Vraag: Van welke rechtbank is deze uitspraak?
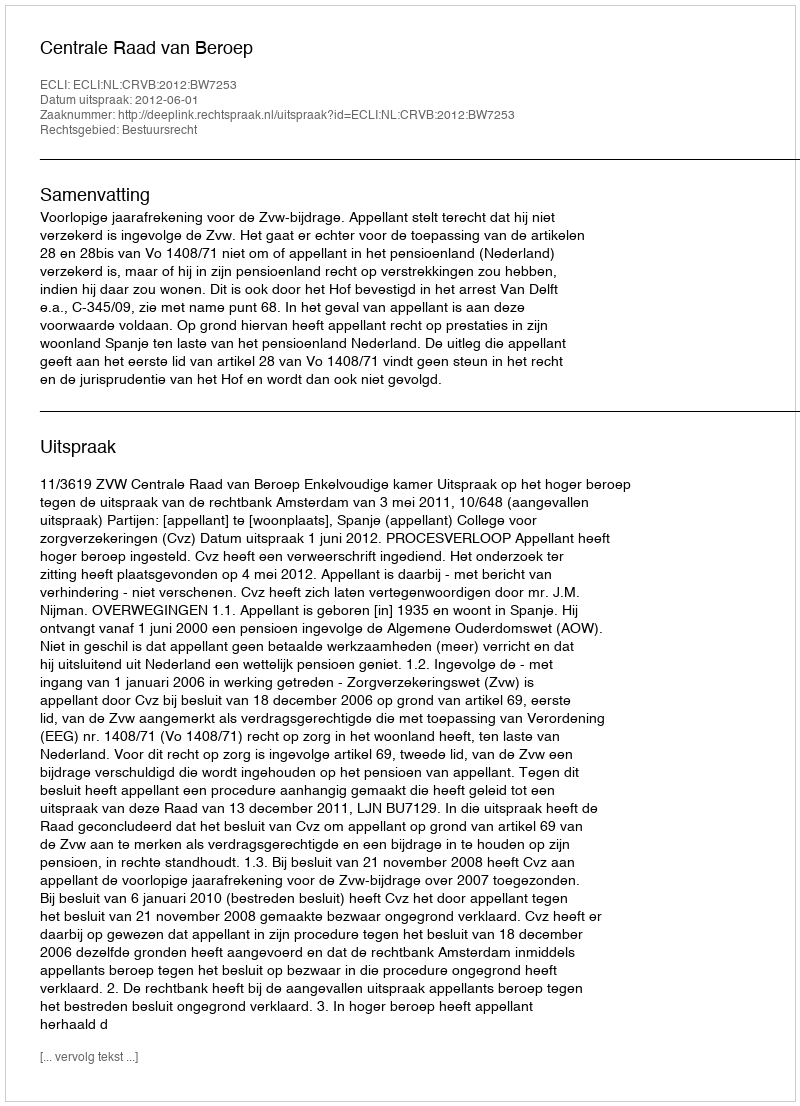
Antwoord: Centrale Raad van Beroep